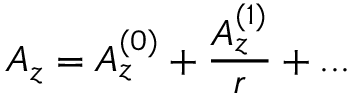
A _ { z } = A _ { z } ^ { ( 0 ) } + \frac { A _ { z } ^ { ( 1 ) } } { r } + . . .